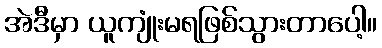
အဲဒီမှာ ယူကျုံးမရဖြစ်သွားတာပေါ့။